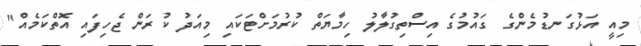
މިއީ އަޅުގަނޑުމެންގެ ގައުމުގެ އިސްތިގުލާލު ހިމާޔަތް ކުރުމަށްޓަކައި މިއަދު ކުރަން ޖެހިފައި އޮތްކަމެއް"